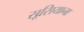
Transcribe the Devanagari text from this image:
सूसियाना